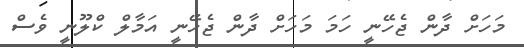
މަހަށް ދާން ޖެހޭނީ ހަމަ މަހަށް ދާން ޖެހޭނީ އަމާލް ކްލޫނީ ވެސް